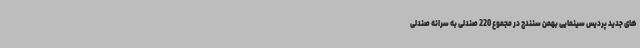
های جدید پردیس سینمایی بهمن سنندج در مجموع 220 صندلی به سرانه صندلی